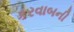
કરવાબની